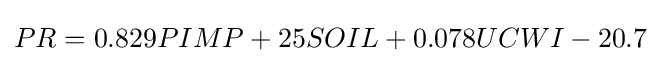
PR=0.829PIMP+25SOIL+0.078UCWI-20.7